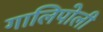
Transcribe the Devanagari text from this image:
गालिपोली